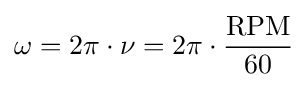
\omega =2\pi \cdot \nu =2\pi \cdot {\frac {\mathrm {RPM} }{60}}